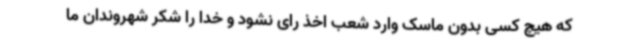
که هیچ کسی بدون ماسک وارد شعب اخذ رای نشود و خدا را شکر شهروندان ما